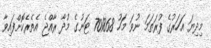
މިދިޔަ އަހަރުގެ ފުރަތަމަ ނުވަ މަހު 701868 ޓަނުގެ މުދާ ރާއްޖެ އެތެރެކޮށްފައިވާ